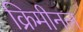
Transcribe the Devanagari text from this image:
क्रिमीनल